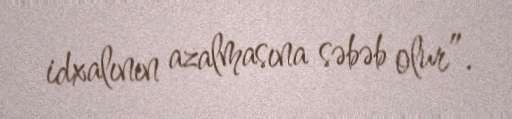
idxalının azalmasına səbəb olur”.